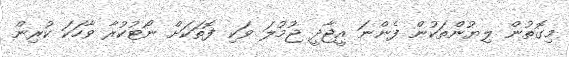
މިގޮތުން ލިޔުންތަކުން ފެންނަ އީޖާދީ ޖުމުލަ ވަކި ފޮތަކަށް ނޯޓުކުރާ ވާހަކަ ކުރިން